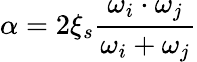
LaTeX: \alpha=2\xi_{s}\frac{\omega_{i}\cdot\omega_{j}}{\omega_{i}+\omega_{j}}